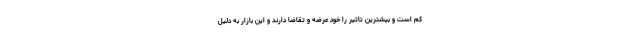
کم است و بیشترین تاثیر را خود عرضه و تقاضا دارند و این بازار به دلیل